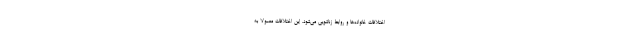
اختلافات خانواده‌ها و روابط زناشویی می‌شود. این اختلافات معمولا به